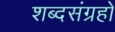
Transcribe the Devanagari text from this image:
शब्दसंग्रहों